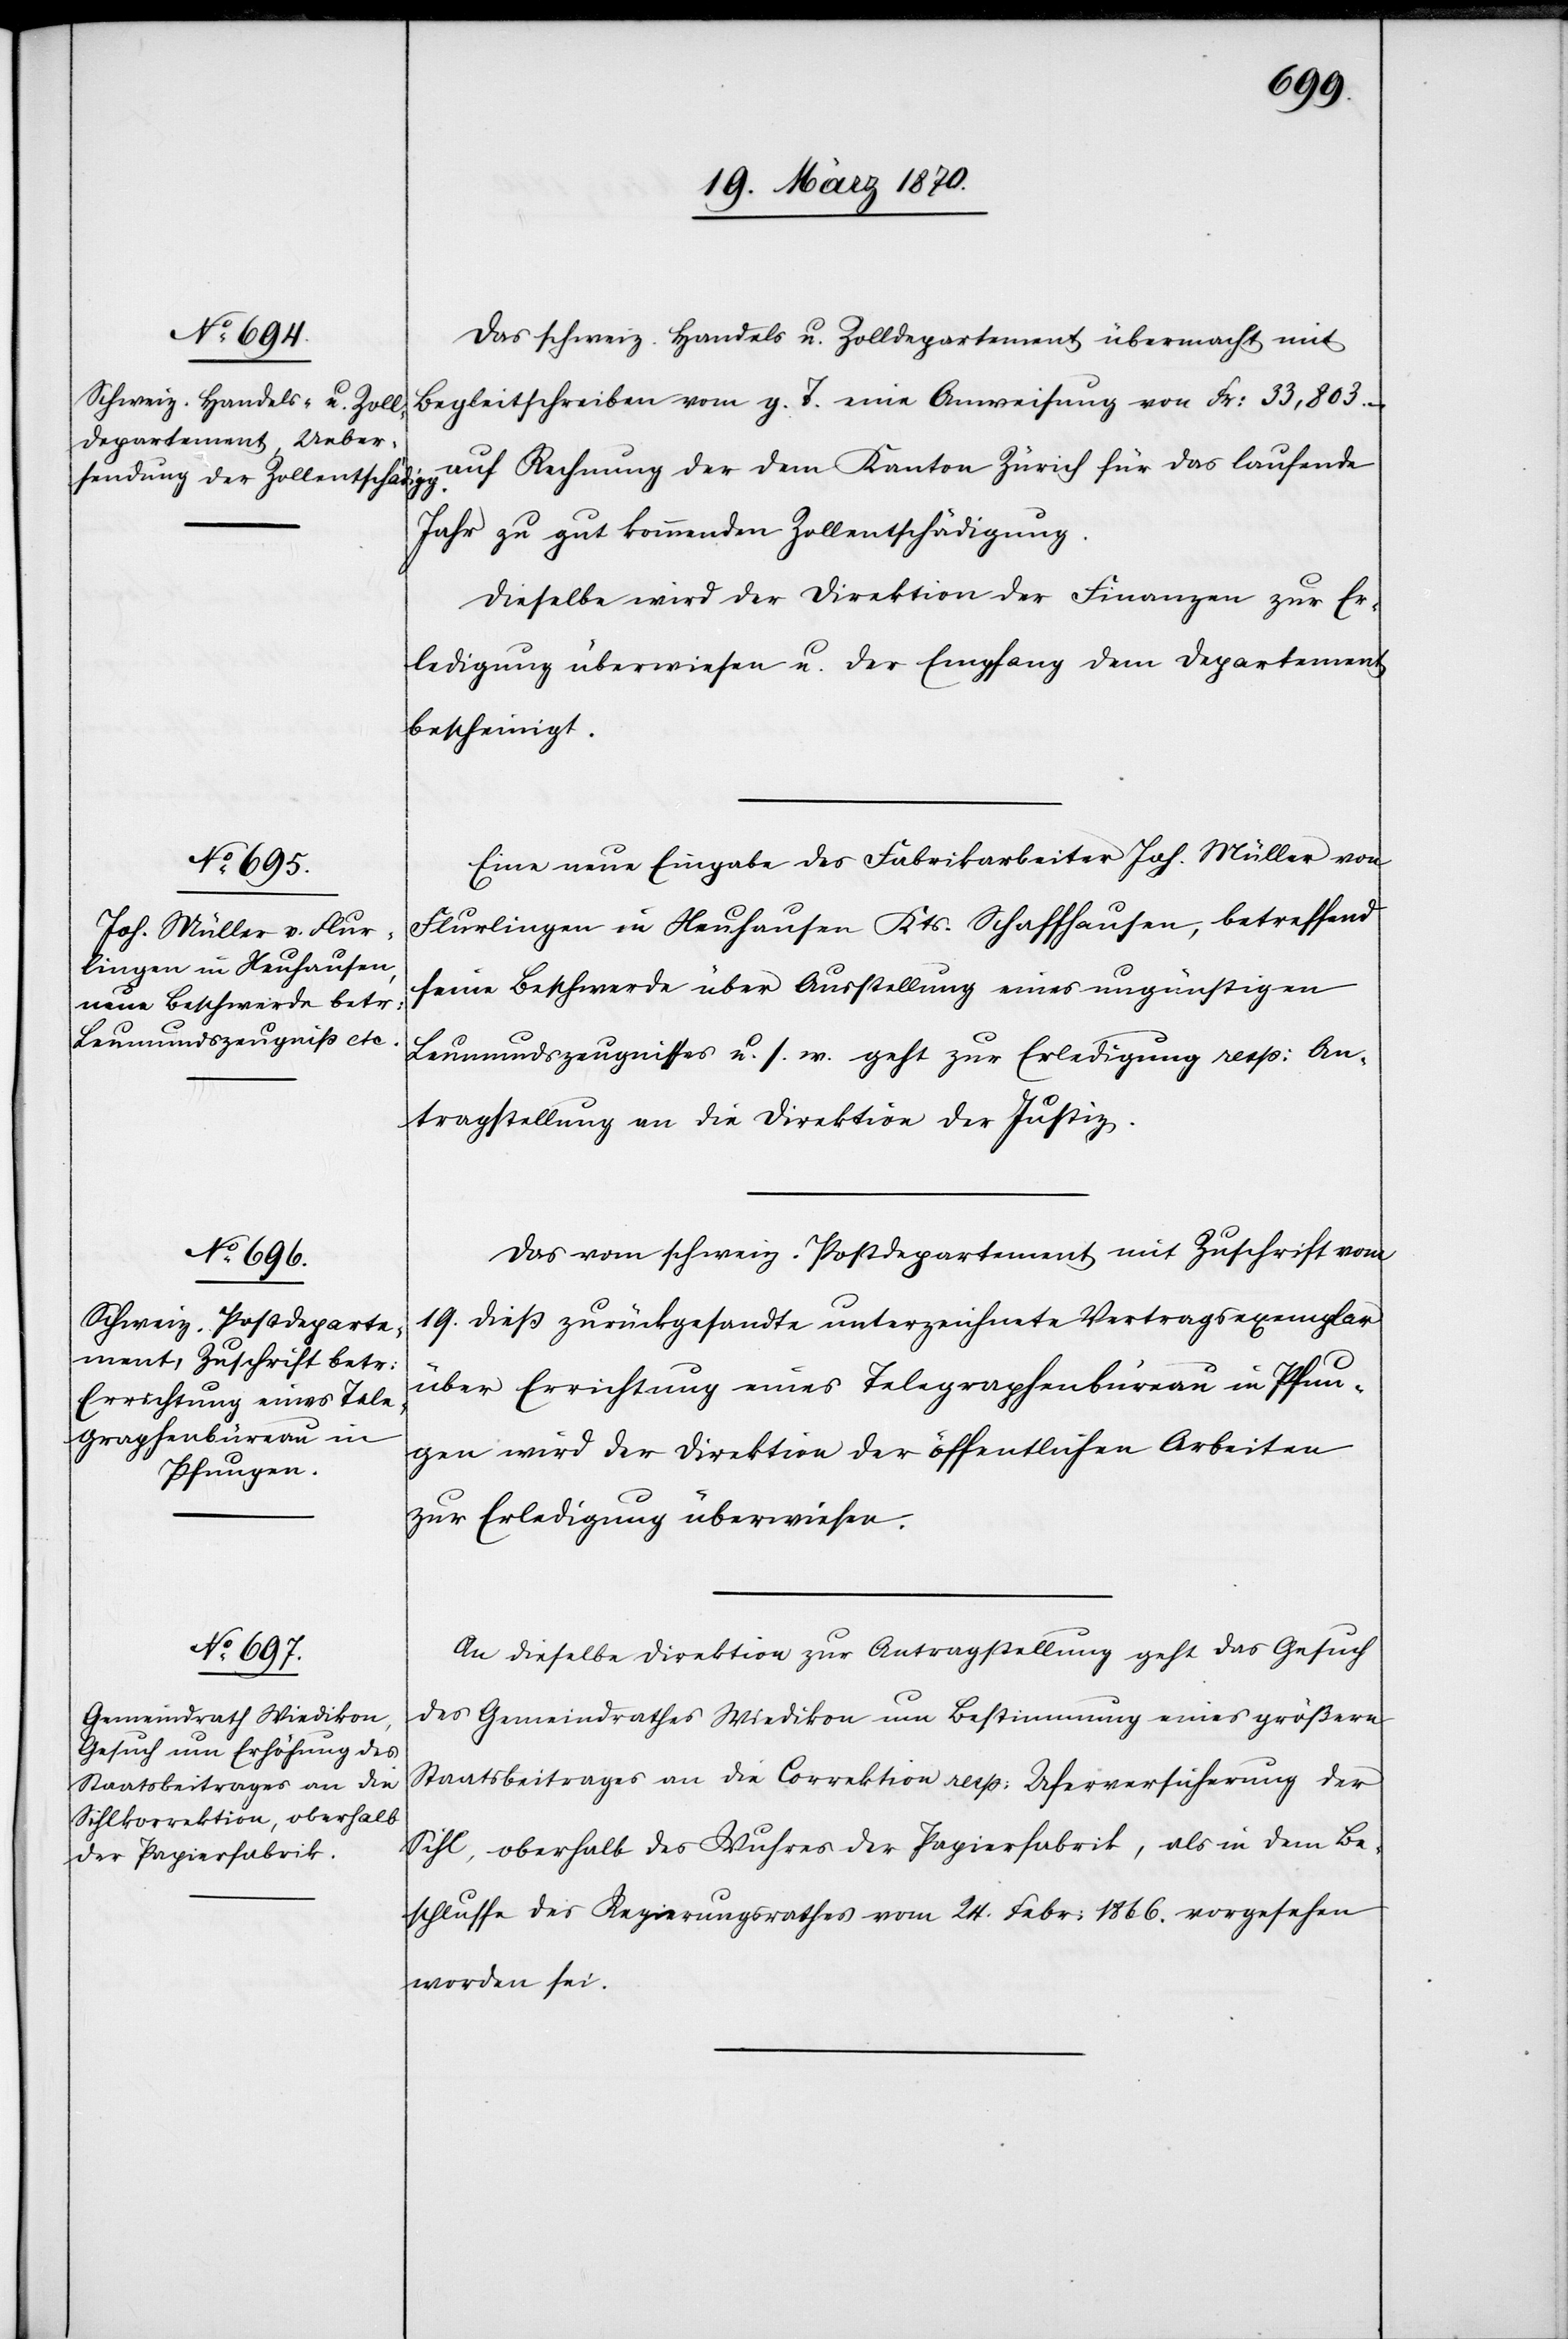
23. März 1870.]
Das schweiz. Handels[-] u. Zolldepartement übermacht mit
Begleitschreiben vom g. T. eine Anweisung von Fr: 33,803.–
auf Rechnung der dem Kanton Zürich für das laufende
Jahr zu gut kommenden Zollentschädigung.
Dieselbe wird der Direktion der Finanzen zur Er¬
ledigung überwiesen u. der Empfang dem Departement
bescheinigt.
Eine neue Eingabe des Fabrikarbeiters Joh. Müller von
Flurlingen in Neuhausen Kts. Schaffhausen, betreffend
seine Beschwerde über Ausstellung eines ungünstigen
Leumundszeugnisses u. s. w. geht zur Erledigung resp: An¬
tragstellung an die Direktion der Justiz.
Das vom schweiz. Postdepartement mit Zuschrift vom
19. dieß zurückgesandte unterzeichnete Vertragsexemplar
über Errichtung eines Telegraphenbüreau in Pfun¬
gen wird der Direktion der öffentlichen Arbeiten
zur Erledigung überwiesen.
An dieselbe Direktion zur Antragstellung geht das Gesuch
des Gemeindrathes Wiedikon um Bestimmung eines größern
Staatsbeitrages an die Correktion resp: Uferversicherung der
Sihl, oberhalb des Wuhres der Papierfabrik, als in dem Be¬
schlusse des Regierungsrathes vom 24. Febr: 1866. vorgesehen
worden sei.